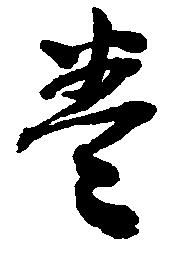
巻